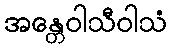
အန္တေဝါသီဝါသံ